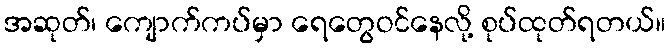
အဆုတ်၊ ကျောက်ကပ်မှာ ရေတွေဝင်နေလို့ စုပ်ထုတ်ရတယ်။